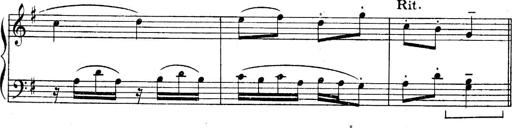
Title: Sonatines
Composer: Hedwige ChrÃ©tien